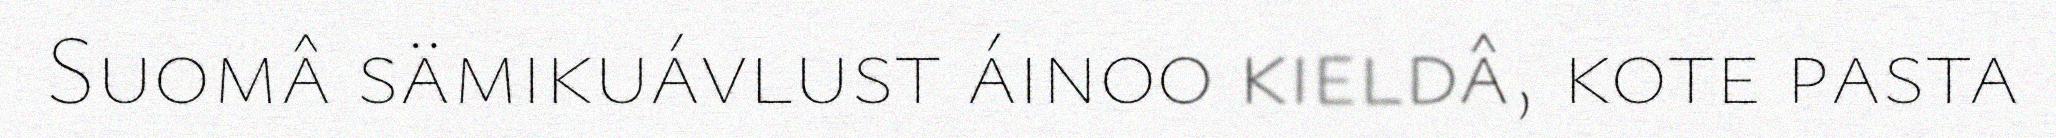
Suomâ sämikuávlust áinoo kieldâ, kote pasta